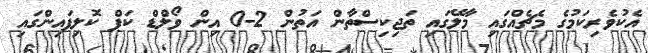
އެކުވެރިކަމުގެ މެޗެއްގައި މާލޭގައި ތަޖިކިސްތާން އަތުން 2-0 އިން ވޯލްޑް ކަޕް ކޮލިފައިންގައި